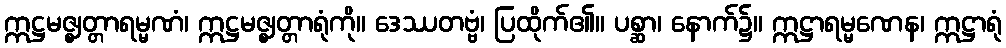
ဣဋ္ဌမဇ္ဈတ္တာရမ္မဏံ၊ ဣဋ္ဌမဇ္ဈတ္တာရုံကို။ ဒေဿတဗ္ဗံ၊ ပြထိုက်၏။ ပစ္ဆာ၊ နောက်၌။ ဣဋ္ဌာရမ္မဏေန၊ ဣဋ္ဌာရုံ